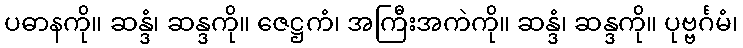
ပဓာနကို။ ဆန္ဒံ၊ ဆန္ဒကို။ ဇေဋ္ဌကံ၊ အကြီးအကဲကို။ ဆန္ဒံ၊ ဆန္ဒကို။ ပုဗ္ဗင်္ဂမံ၊